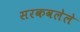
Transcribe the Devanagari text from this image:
सरकवलेले